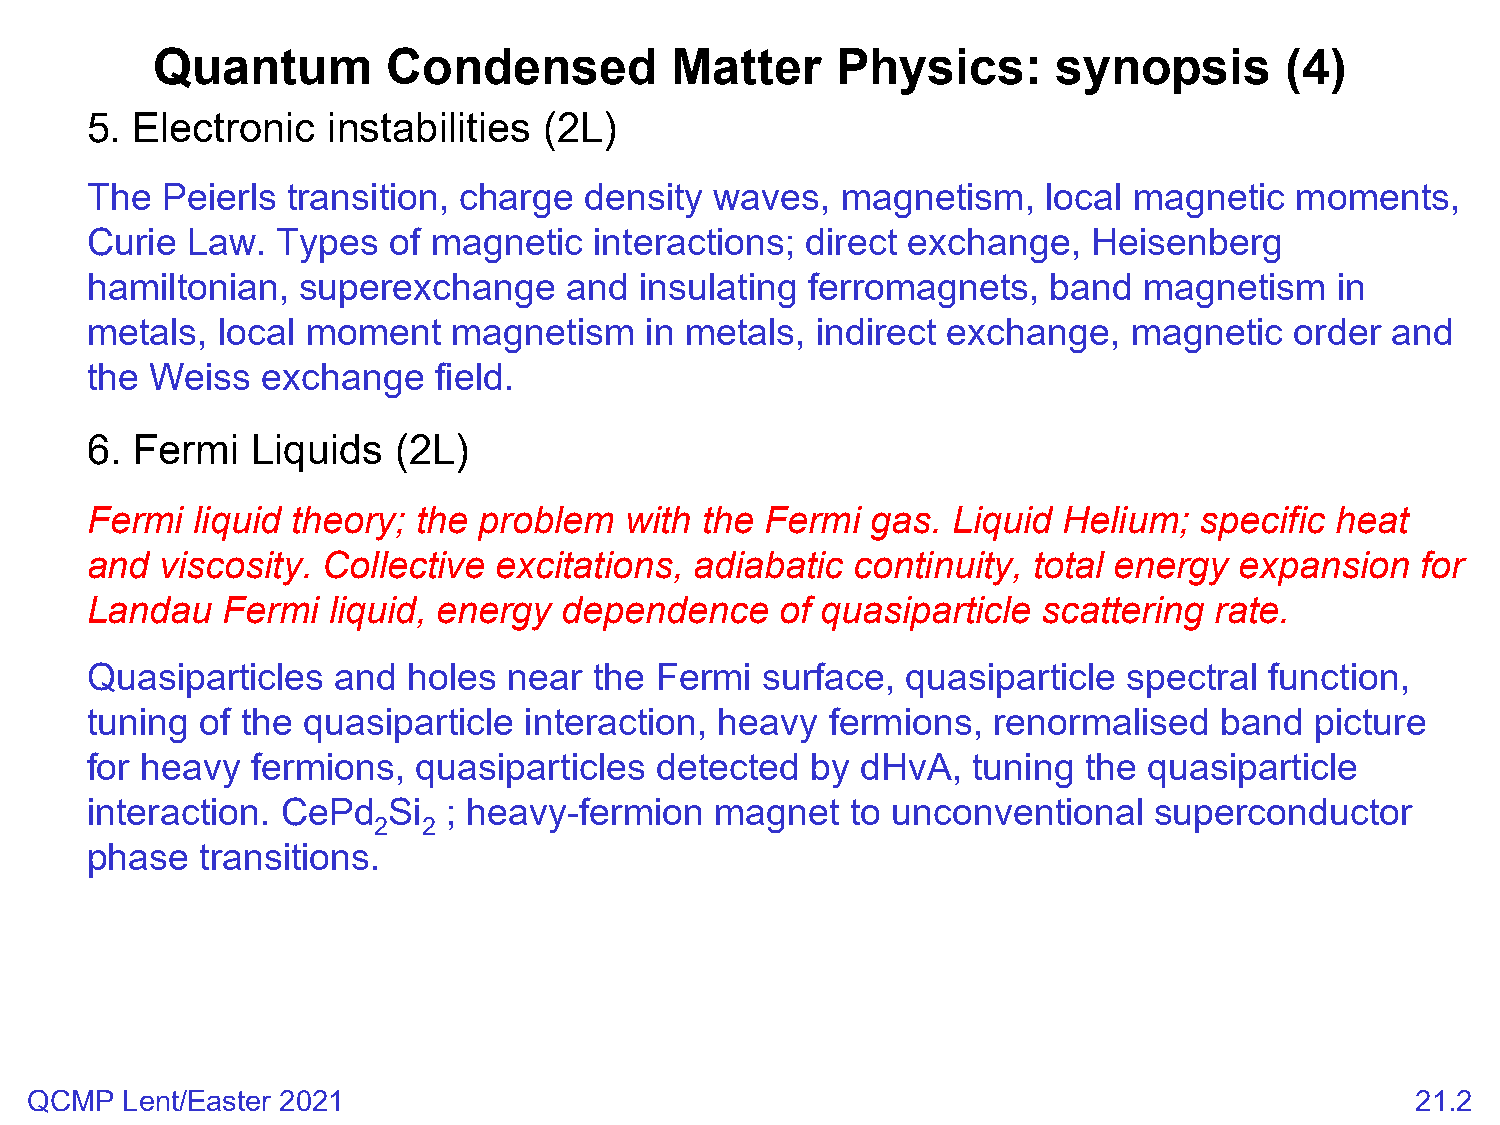
Quantum         Condensed         Matter     Physics:       synopsis       (4)
 5. Electronic   instabilities (2L)
 The  Peierls transition, charge  density waves,   magnetism,   local magnetic   moments,
 Curie Law.  Types   of magnetic  interactions; direct exchange,   Heisenberg
 hamiltonian,  superexchange    and  insulating ferromagnets,   band   magnetism    in
 metals, local moment    magnetism    in metals, indirect exchange,   magnetic   order and
 the Weiss  exchange    field.
 6. Fermi   Liquids  (2L)
 Fermi  liquid theory; the problem  with the  Fermi  gas. Liquid Helium;  specific heat
 and  viscosity. Collective excitations, adiabatic  continuity, total energy expansion   for
 Landau   Fermi  liquid, energy dependence     of quasiparticle scattering rate.
 Quasiparticles  and  holes  near the Fermi  surface,  quasiparticle  spectral function,
 tuning of the quasiparticle  interaction, heavy  fermions,  renormalised   band  picture
 for heavy  fermions,  quasiparticles detected   by dHvA,  tuning  the quasiparticle
 interaction. CePd   Si  ; heavy-fermion  magnet   to unconventional   superconductor
 2  2
 phase  transitions.
 QCMP  Lent/Easter 2021                                                                      21.2